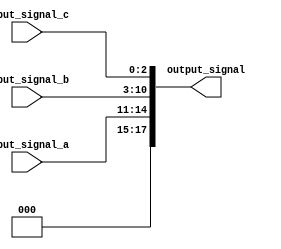
module concatenation_example (
    input wire [3:0] input_signal_a,  // 4-bit input signal
    input wire [7:0] input_signal_b,  // 8-bit input signal
    input wire [2:0] input_signal_c,  // 3-bit input signal
    output wire [17:0] output_signal   // Output signal to hold concatenated result
);

// Continuous assignment using concatenation
assign output_signal = {input_signal_a, input_signal_b, input_signal_c};

endmodule